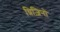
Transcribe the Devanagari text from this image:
थ्रिज़िनो